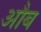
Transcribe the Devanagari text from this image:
औब